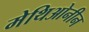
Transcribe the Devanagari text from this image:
मेथिओनीन